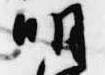
明